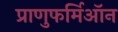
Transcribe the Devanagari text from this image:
प्राणुफर्मिऑन